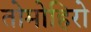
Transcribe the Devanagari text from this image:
तोमोहिरो